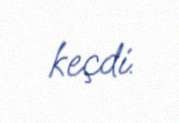
keçdi.